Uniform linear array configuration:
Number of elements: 32
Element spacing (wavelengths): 0.75
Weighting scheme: cosine
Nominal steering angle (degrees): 60
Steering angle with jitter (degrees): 59.59
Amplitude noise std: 0.05
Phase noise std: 0.05

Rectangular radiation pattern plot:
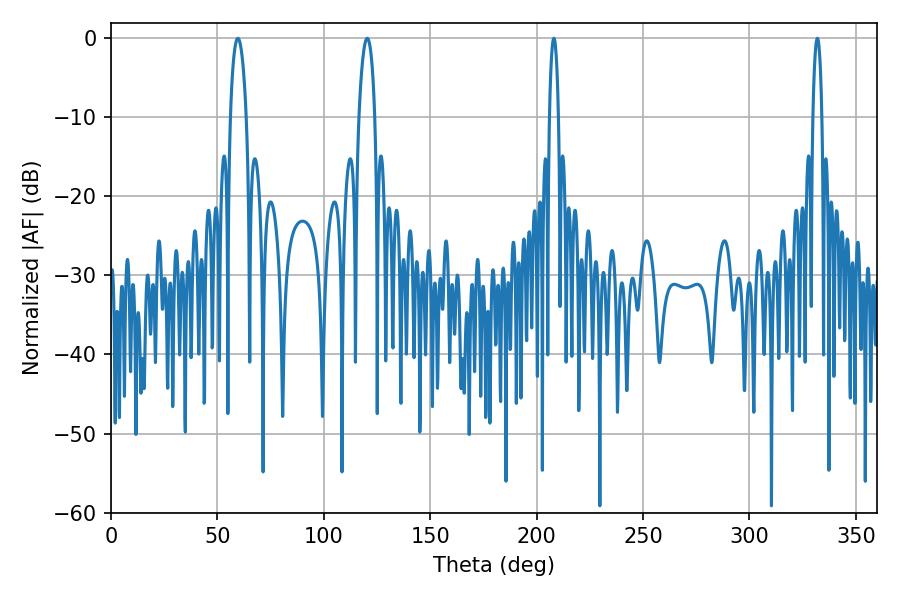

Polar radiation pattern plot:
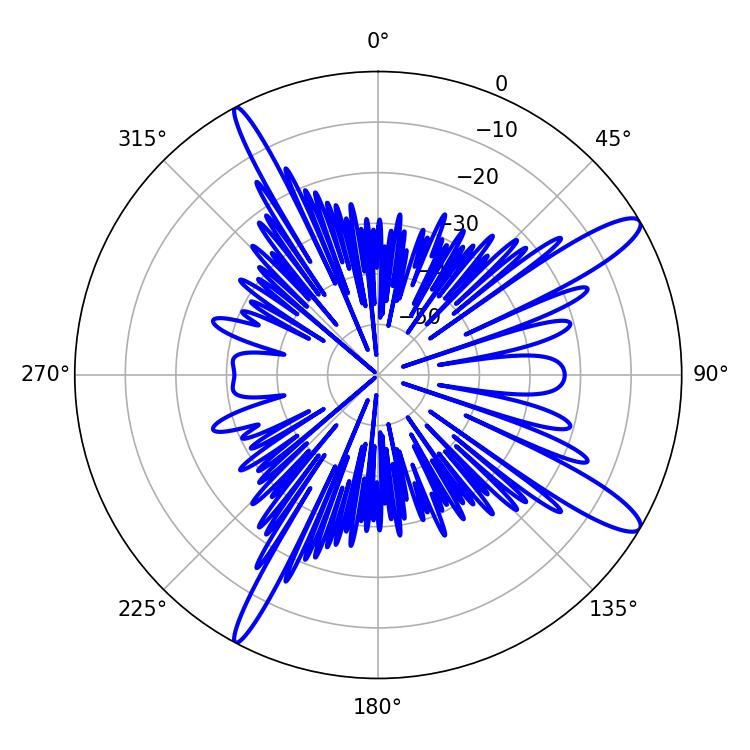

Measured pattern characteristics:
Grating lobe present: TRUE
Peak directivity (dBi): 13.101
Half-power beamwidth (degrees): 2.34
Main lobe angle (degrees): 331.92